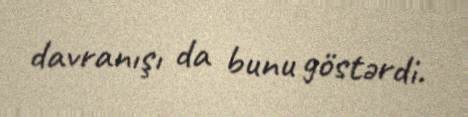
davranışı da bunu göstərdi.